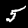
Digit: 5